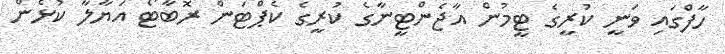
ހާފްގައި ވަނީ ކުރީގެ ޓީމުން އާޖެންޓީނާގެ ކުރީގެ ކެޕްޓަން ރޮބާޓޯ އަޔާލާ ކުޅެން